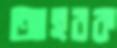
আহরক